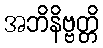
အဘိနိဗ္ဗတ္တိ